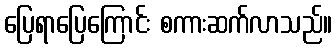
ပြေရာပြေကြောင်း စကားဆက်လာသည်။